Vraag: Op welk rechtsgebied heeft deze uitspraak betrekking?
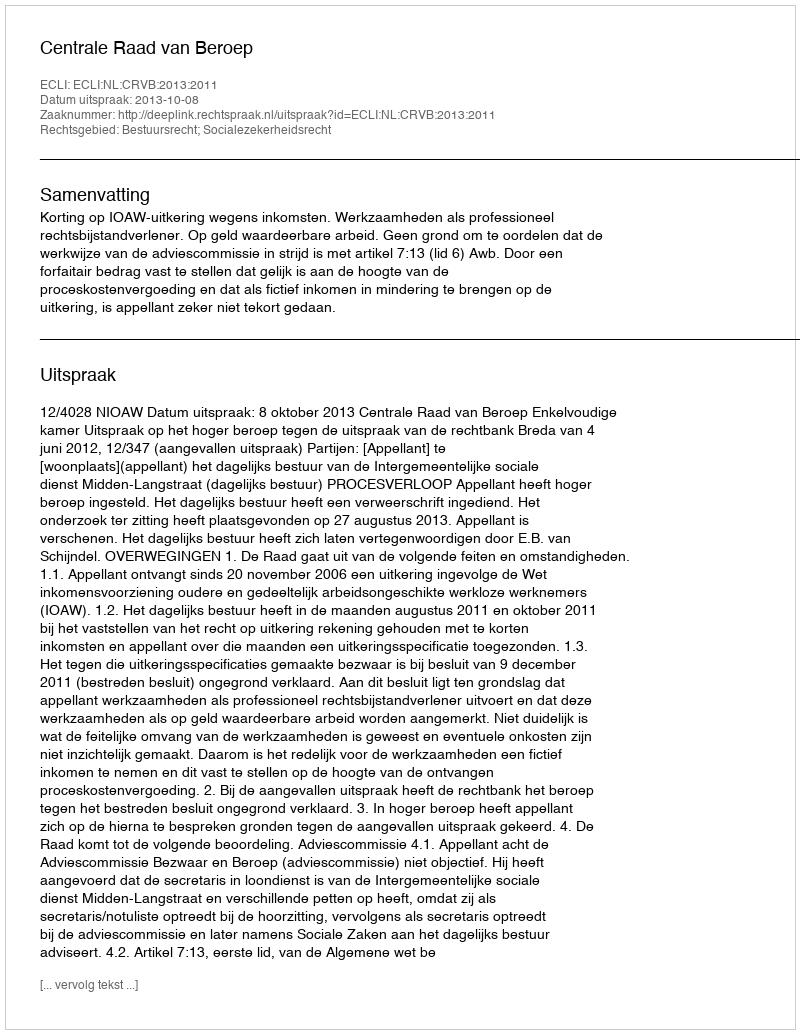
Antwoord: Bestuursrecht; Socialezekerheidsrecht